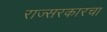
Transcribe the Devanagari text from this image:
राज्सरकारचा